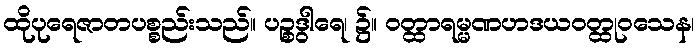
ထိုပုရေဇာတပစ္စည်းသည်။ ပဉ္စဒွါရေ၊ ၌။ ဝတ္ထာရမ္မဏဟဒယဝတ္ထုဝသေန၊